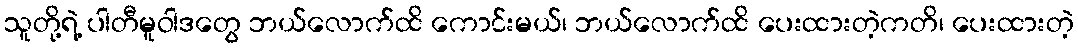
သူတို့ရဲ့ ပါတီမူဝါဒတွေ ဘယ်လောက်ထိ ကောင်းမယ်၊ ဘယ်လောက်ထိ ပေးထားတဲ့ကတိ၊ ပေးထားတဲ့